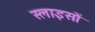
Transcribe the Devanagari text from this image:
स्लाइसों